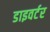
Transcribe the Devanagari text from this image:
डाइवर्टर